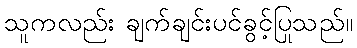
သူကလည်း ချက်ချင်းပင်ခွင့်ပြုသည်။